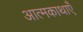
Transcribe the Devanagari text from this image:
आत्मकाथाएँ